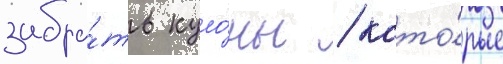
забра́ть куло́ны / кото́рые